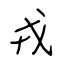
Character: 戎